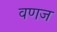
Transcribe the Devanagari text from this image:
वणज